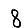
Digit: 8